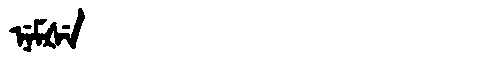
Manchu: ᠨᡝᠮᡧᡝ
Romanization: NEMŠE